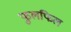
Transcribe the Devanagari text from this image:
फुलफिल